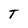
Character: T